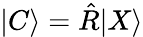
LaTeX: |C\rangle=\hat{R}|X\rangle